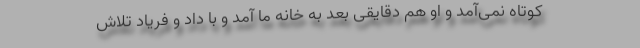
کوتاه نمی‌آمد و او هم دقایقی بعد به خانه ما آمد و با داد و فریاد تلاش